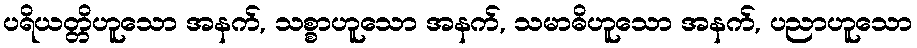
ပရိယတ္တိဟူသော အနက်, သစ္စာဟူသော အနက်, သမာဓိဟူသော အနက်, ပညာဟူသော